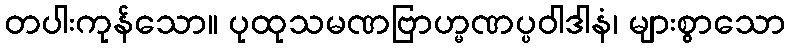
တပါးကုန်သော။ ပုထုသမဏဗြာဟ္မဏပ္ပဝါဒါနံ၊ များစွာသော